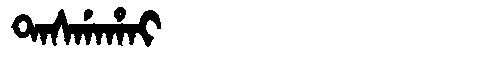
Manchu: ᡨᠠᠰᡤᠠᡥᠠᡳ
Romanization: TASGAHAI